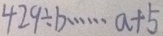
4 2 9 \div b \cdots a + 5